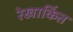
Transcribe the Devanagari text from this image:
रेखाकिंत